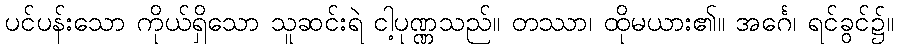
ပင်ပန်းသော ကိုယ်ရှိသော သူဆင်းရဲ ငါ့ပုဏ္ဏသည်။ တဿာ၊ ထိုမယား၏။ အင်္ဂေ၊ ရင်ခွင်၌။